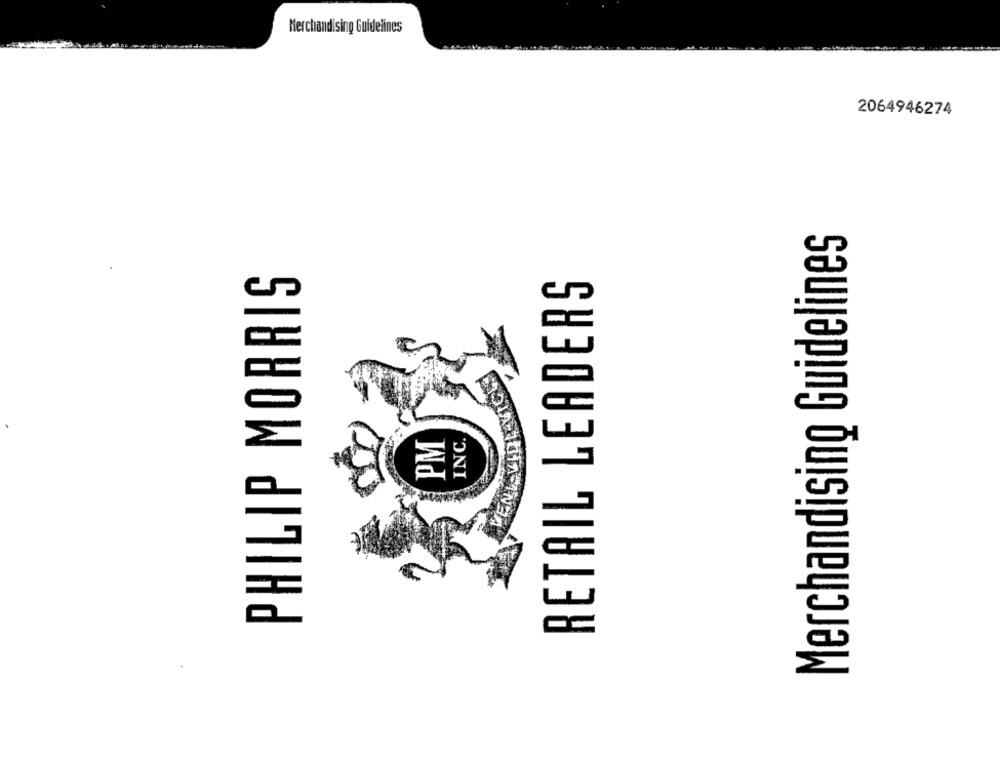
Merchandising Guidelines
2064946274
Merchandising Guidelines
PHILIP MORRIS
RETAIL LEADERS
PM
INC.